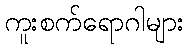
ကူးစက်ရောဂါများ